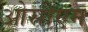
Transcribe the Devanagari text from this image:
ओसीएम